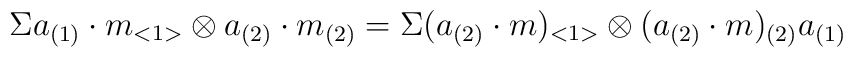
\Sigma a_{(1)}\cdot m_{<1>} \otimes a_{(2)}\cdot m_{(2)} =\Sigma (a_{(2)}\cdot m)_{<1>} \otimes (a_{(2)}\cdot m)_{(2)}a_{(1)}